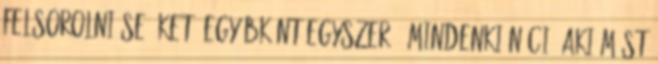
felsorolni se őket. Egyébként egyszerű. MIndenki náci, aki mást